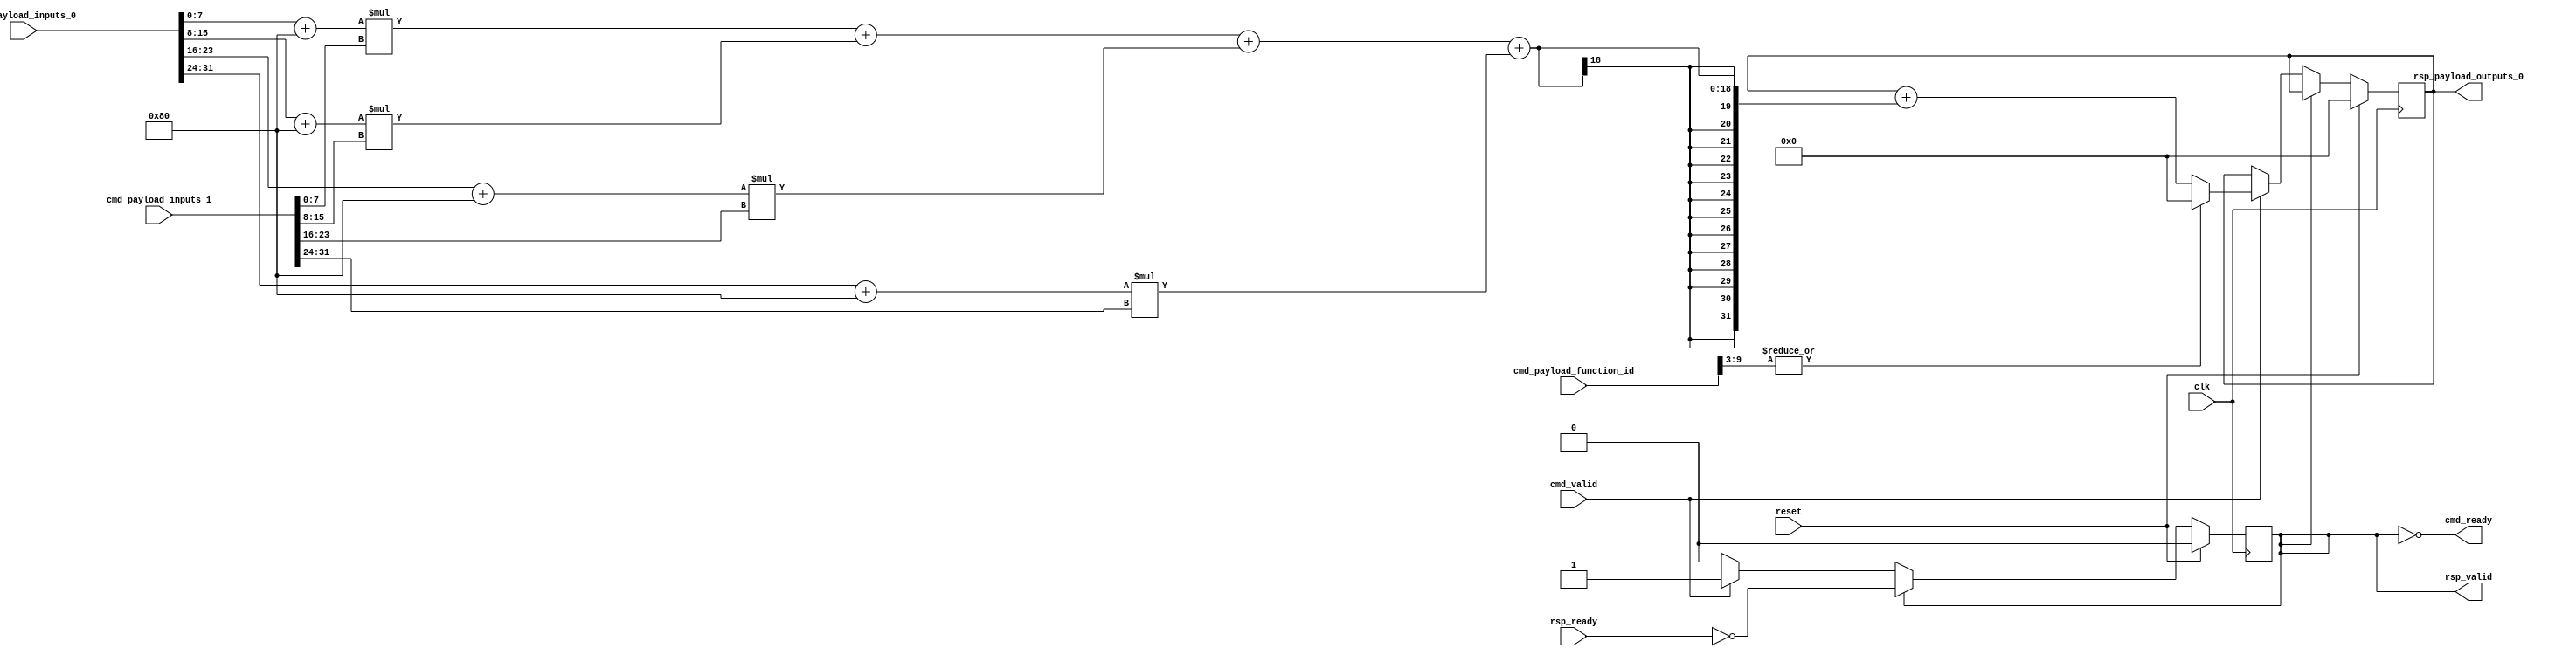
// Copyright 2021 The CFU-Playground Authors
//
// Licensed under the Apache License, Version 2.0 (the "License");
// you may not use this file except in compliance with the License.
// You may obtain a copy of the License at
//
//      http://www.apache.org/licenses/LICENSE-2.0
//
// Unless required by applicable law or agreed to in writing, software
// distributed under the License is distributed on an "AS IS" BASIS,
// WITHOUT WARRANTIES OR CONDITIONS OF ANY KIND, either express or implied.
// See the License for the specific language governing permissions and
// limitations under the License.


module Cfu (
  input               cmd_valid,
  output              cmd_ready,
  input      [9:0]    cmd_payload_function_id,
  input      [31:0]   cmd_payload_inputs_0,
  input      [31:0]   cmd_payload_inputs_1,
  output reg          rsp_valid,
  input               rsp_ready,
  output reg [31:0]   rsp_payload_outputs_0,
  input               reset,
  input               clk
);
  localparam InputOffset = $signed(9'd128);

  // SIMD multiply step:
  wire signed [15:0] prod_0, prod_1, prod_2, prod_3;
  assign prod_0 =  ($signed(cmd_payload_inputs_0[7 : 0]) + InputOffset)
                  * $signed(cmd_payload_inputs_1[7 : 0]);
  assign prod_1 =  ($signed(cmd_payload_inputs_0[15: 8]) + InputOffset)
                  * $signed(cmd_payload_inputs_1[15: 8]);
  assign prod_2 =  ($signed(cmd_payload_inputs_0[23:16]) + InputOffset)
                  * $signed(cmd_payload_inputs_1[23:16]);
  assign prod_3 =  ($signed(cmd_payload_inputs_0[31:24]) + InputOffset)
                  * $signed(cmd_payload_inputs_1[31:24]);

  wire signed [31:0] sum_prods;
  assign sum_prods = prod_0 + prod_1 + prod_2 + prod_3;

  // Only not ready for a command when we have a response.
  assign cmd_ready = ~rsp_valid;

  always @(posedge clk) begin
    if (reset) begin
      rsp_payload_outputs_0 <= 32'b0;
      rsp_valid <= 1'b0;
    end else if (rsp_valid) begin
      // Waiting to hand off response to CPU.
      rsp_valid <= ~rsp_ready;
    end else if (cmd_valid) begin
      rsp_valid <= 1'b1;
      // Accumulate step:
      rsp_payload_outputs_0 <= |cmd_payload_function_id[9:3]
          ? 32'b0
          : rsp_payload_outputs_0 + sum_prods;
    end
  end
endmodule